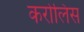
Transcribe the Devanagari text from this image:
करोलिंस